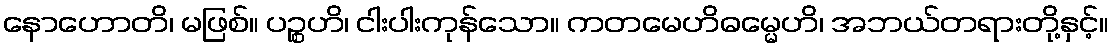
နောဟောတိ၊ မဖြစ်။ ပဉ္စဟိ၊ ငါးပါးကုန်သော။ ကတမေဟိဓမ္မေဟိ၊ အဘယ်တရားတို့နှင့်။